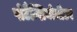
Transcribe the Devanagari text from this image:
पोटैन्शियोमीटर